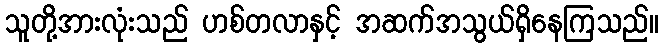
သူတို့အားလုံးသည် ဟစ်တလာနှင့် အဆက်အသွယ်ရှိနေကြသည်။